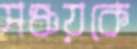
সঞ্চয়কে